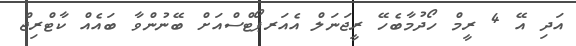
އަދި އޭ 4 ރީމް ހޯދުމާބެހޭ ރީޖަނަލް އެއަރޕޯޓްސްއަށް ބޭނުންވާ ބައެއް ކާޓްރިޖް